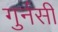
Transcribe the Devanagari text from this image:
गुर्नसी